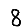
Digit: 8